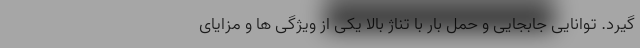
گیرد. توانایی جابجایی و حمل بار با تناژ بالا یکی از ویژگی ها و مزایای